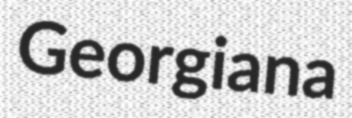
Georgiana